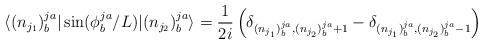
LaTeX: \begin{align*} \langle (n_{j_1})^{ja}_{b} |\sin(\phi^{ja}_{b}/L)|(n_{j_2})^{ja}_{b} \rangle = \frac{1}{2i} \left(\delta_{(n_{j_1})^{ja}_b, (n_{j_2})^{ja}_b + 1} -\delta_{(n_{j_1})^{ja}_b, (n_{j_2})^{ja}_b - 1} \right)\end{align*}